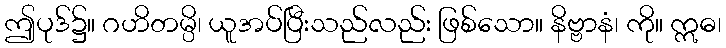
ဤပုဒ်၌။ ဂဟိတမ္ပိ၊ ယူအပ်ပြီးသည်လည်း ဖြစ်သော။ နိဗ္ဗာနံ၊ ကို။ ဣဓ၊